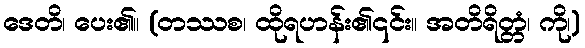
ဒေတိ၊ ပေး၏။ (တဿစ၊ ထိုရဟန်း၏၎င်း။ အတိရိတ္တံ၊ ကို၊)